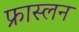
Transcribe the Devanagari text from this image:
फ्रास्लन